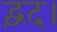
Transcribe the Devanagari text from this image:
द्वंद।